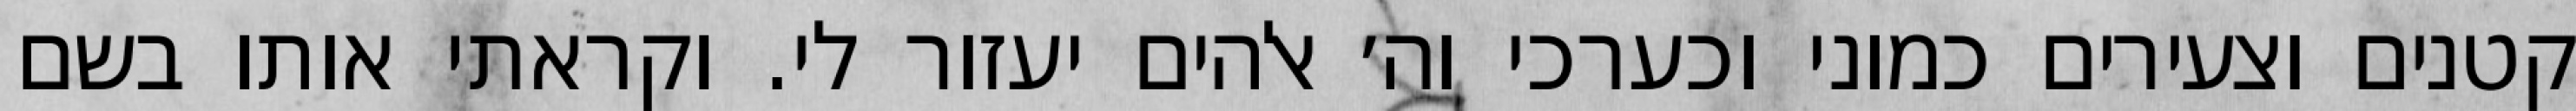
קטנים וצעירים כמוני וכערכי וה׳ אלהים יעזור לי. וקראתי אותו בשם